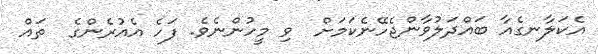
އެކަލާނގެއާ ބައްދަލުވާންޖެހޭނެކަމަށް  ވި މީހުންނެވެ. ފަހެ އެއުރެންގެ  ތައް